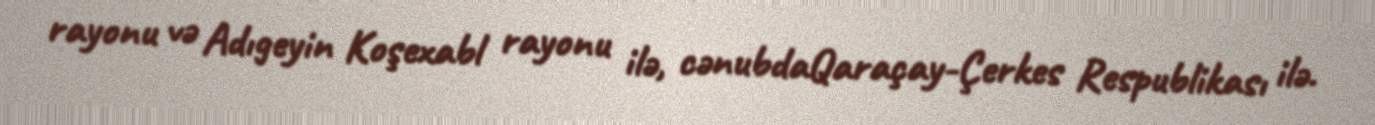
rayonu və Adıgeyin Koşexabl rayonu ilə, cənubdaQaraçay-Çerkes Respublikası ilə.